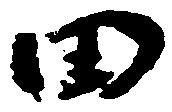
田